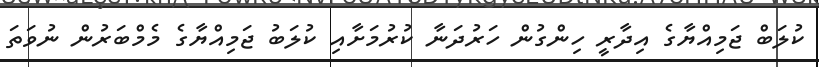
ކުލަބް ޖަމިއްޔާގެ އިދާރީ ހިންގުން ހަރުދަނާ ކުރުމަށާއި ކުލަބު ޖަމިއްޔާގެ މެމްބަރުން ނުވަތަ